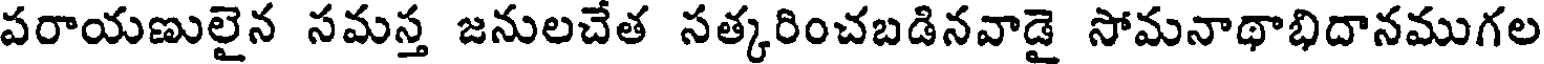
పరాయణులైన సమస్త జనులచేత సత్కరించబడినవాడై సోమనాథాభిదానముగల